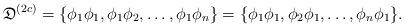
LaTeX: \begin{align*}\mathfrak D^{(2c)}=\{\phi_1\phi_1,\phi_1\phi_2,\ldots,\phi_1\phi_n\}=\{\phi_1\phi_1,\phi_2\phi_1,\ldots,\phi_n\phi_1\}.\end{align*}